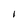
Character: I